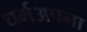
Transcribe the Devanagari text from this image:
धर्मअपना